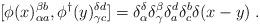
LaTeX: \begin{align*}[\phi(x)_{\alpha a}^{\beta b}, \phi^\dagger(y)_{\gamma c}^{\delta d}] = \delta_{\alpha}^{\delta}\delta_{\gamma}^{\beta}\delta_{a}^{d}\delta_{c}^{b}\delta(x-y) \; .\end{align*}